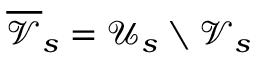
\overline { { \mathcal { V } } } _ { s } = \mathcal { U } _ { s } \setminus \mathcal { V } _ { s }